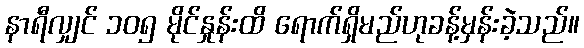
နာရီလျှင် ၁၀၅ မိုင်နှုန်းထိ ရောက်ရှိမည်ဟုခန့်မှန်းခဲ့သည်။